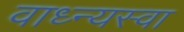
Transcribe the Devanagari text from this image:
वाध्न्यस्वा